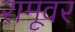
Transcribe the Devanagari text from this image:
रामूवर